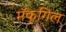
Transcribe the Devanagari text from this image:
मॅक्‌गिल